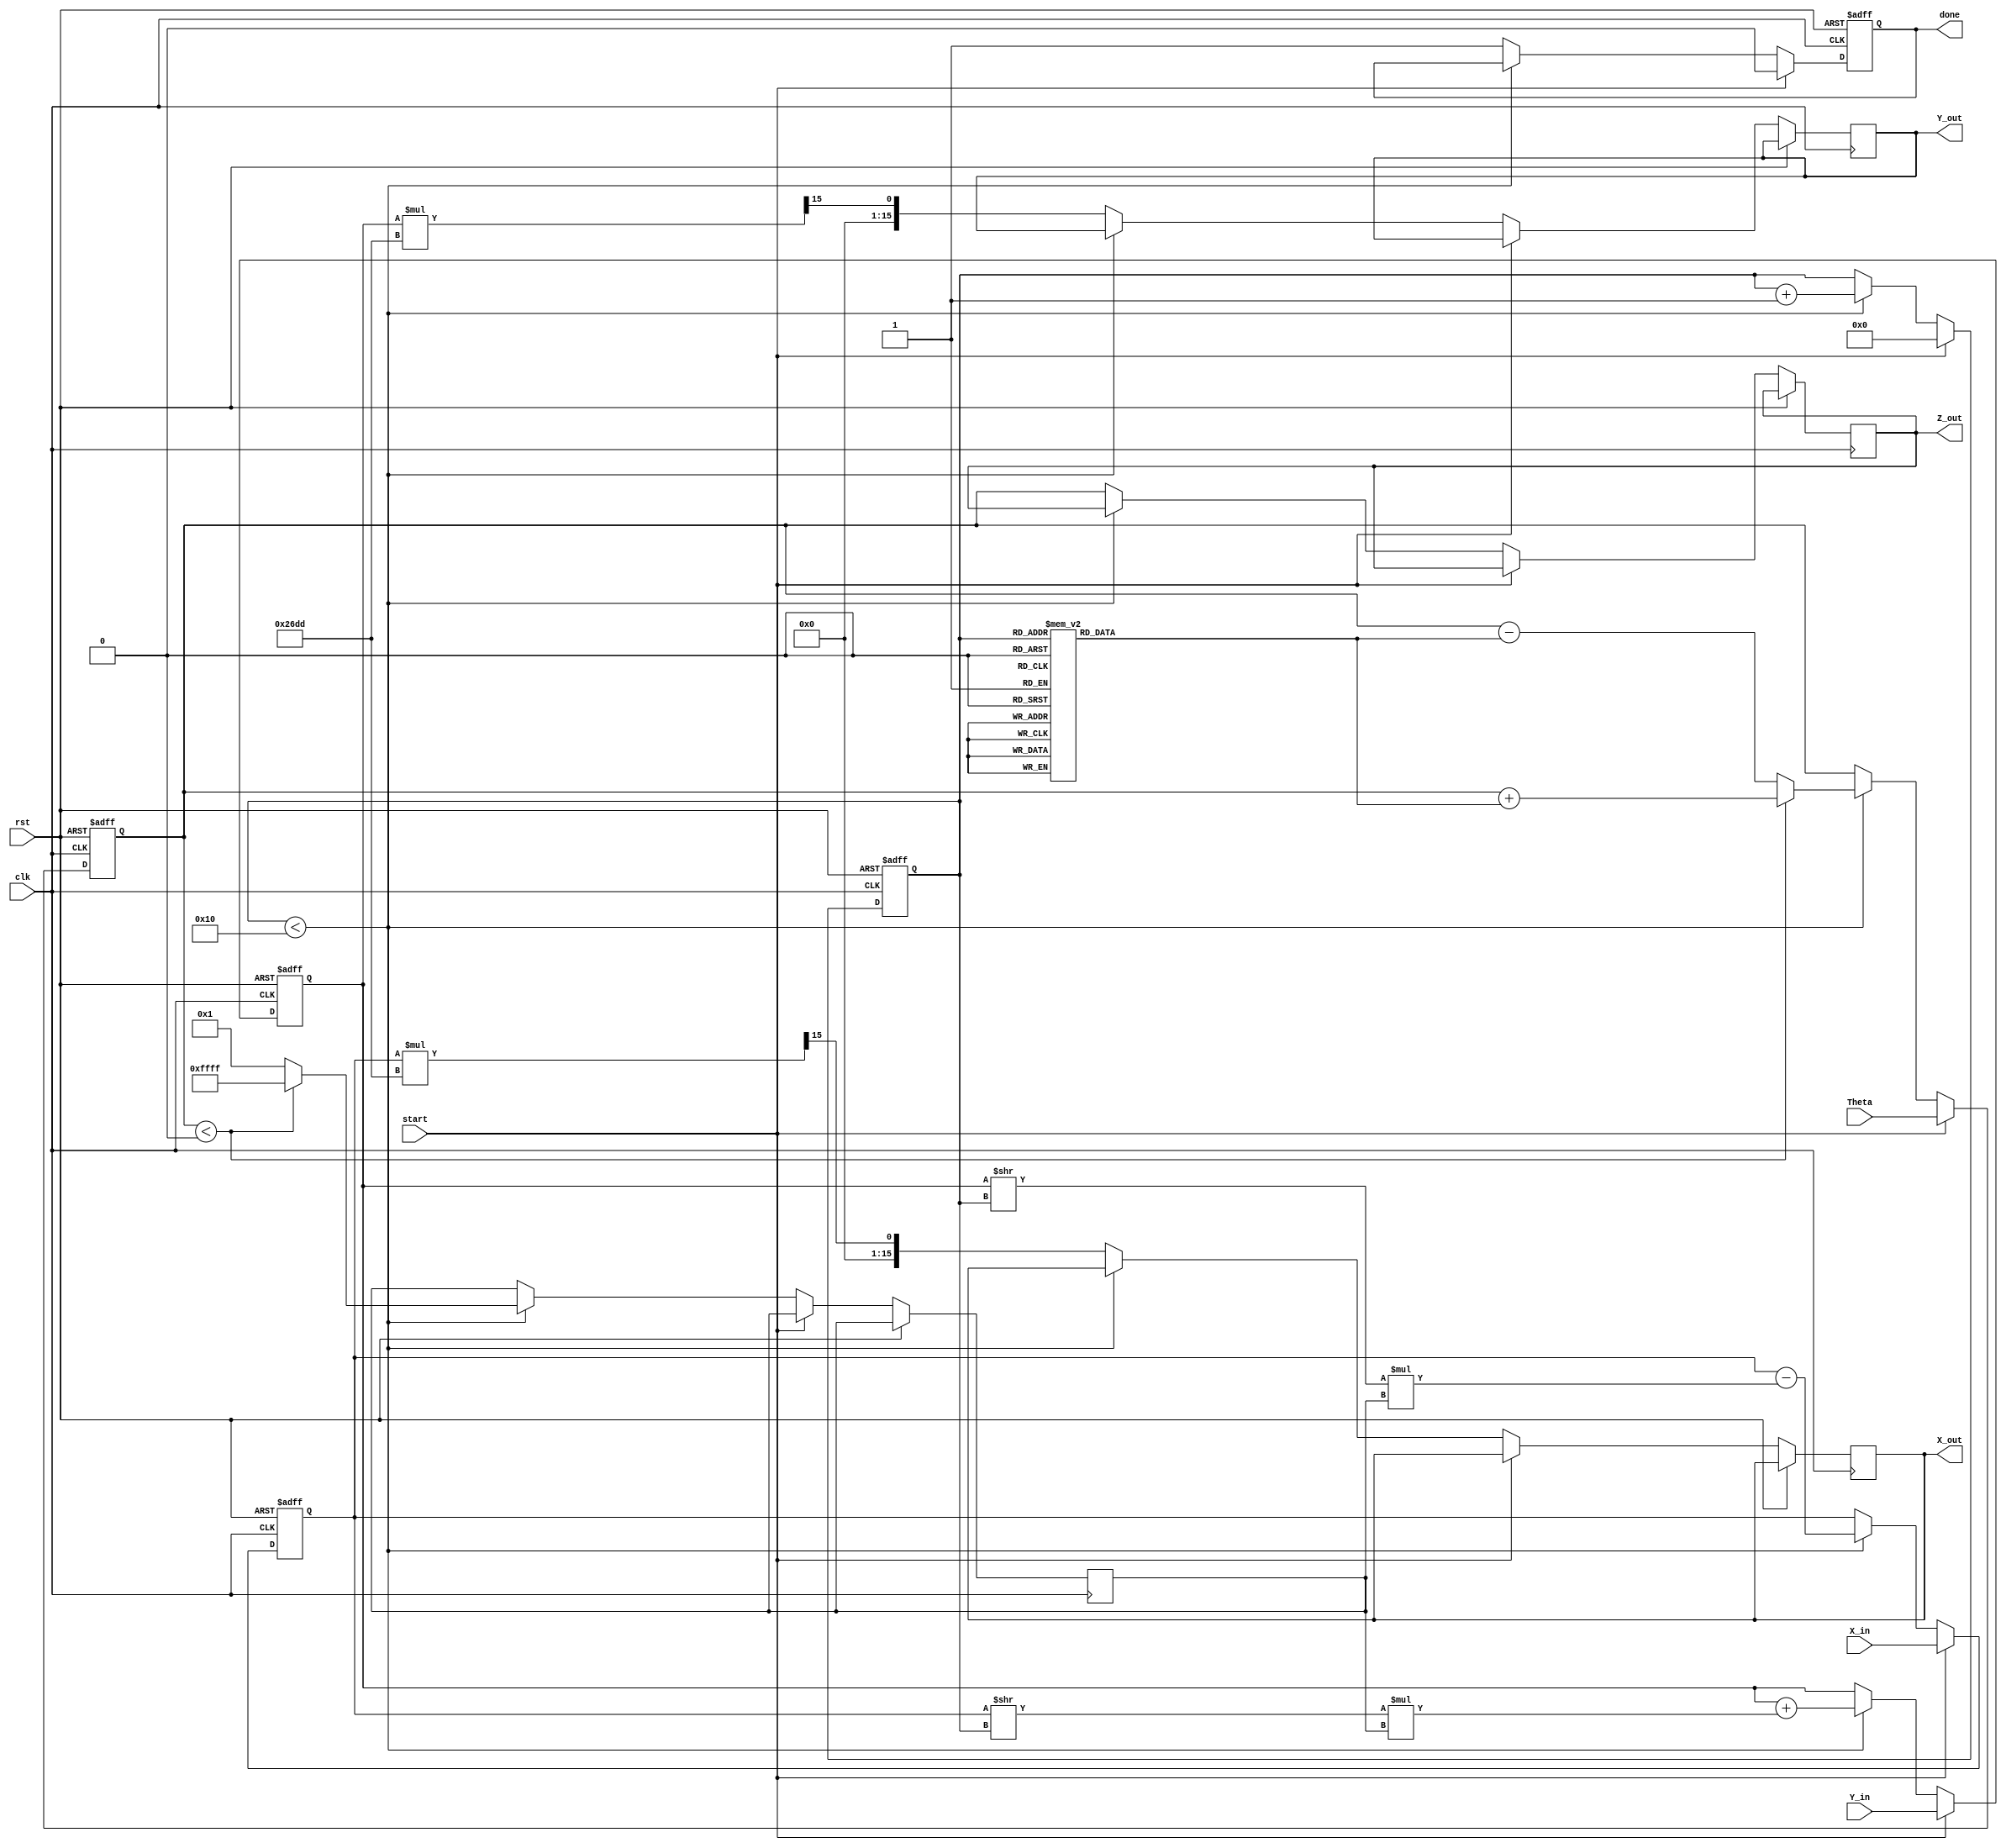
module cordic_2d (
    input wire clk,
    input wire rst,
    input wire start,
    input wire signed [15:0] X_in,      // Input x-coordinate
    input wire signed [15:0] Y_in,      // Input y-coordinate
    input wire signed [15:0] Theta,      // Input angle in radians
    output reg signed [15:0] X_out,      // Output x-coordinate
    output reg signed [15:0] Y_out,      // Output y-coordinate
    output reg signed [15:0] Z_out,      // Output angle after rotation
    output reg done                     // Operation done signal
);

    // Parameters
    parameter NUM_ITERATIONS = 16;
    parameter FIXED_POINT_FRACTIONAL_BITS = 15; // Adjust as needed
    parameter K = 16'h26DD; // Scaling factor for CORDIC (approx 0.607)

    // Internal registers
    reg signed [15:0] X_reg;
    reg signed [15:0] Y_reg;
    reg signed [15:0] Z_reg;
    reg [3:0] iteration; // Iteration counter
    reg [15:0] atan_table [0:NUM_ITERATIONS-1]; // Arctangent lookup table
    reg signed [15:0] d; // Direction

    // Initialize arctangent lookup table
    initial begin
        atan_table[0] = 16'h2000; // atan(2^0)
        atan_table[1] = 16'h1000; // atan(2^-1)
        atan_table[2] = 16'h0800; // atan(2^-2)
        atan_table[3] = 16'h0400; // atan(2^-3)
        atan_table[4] = 16'h0200; // atan(2^-4)
        atan_table[5] = 16'h0100; // atan(2^-5)
        atan_table[6] = 16'h0080; // atan(2^-6)
        atan_table[7] = 16'h0040; // atan(2^-7)
        atan_table[8] = 16'h0020; // atan(2^-8)
        atan_table[9] = 16'h0010; // atan(2^-9)
        atan_table[10] = 16'h0008; // atan(2^-10)
        atan_table[11] = 16'h0004; // atan(2^-11)
        atan_table[12] = 16'h0002; // atan(2^-12)
        atan_table[13] = 16'h0001; // atan(2^-13)
        atan_table[14] = 16'h0000; // atan(2^-14)
        atan_table[15] = 16'h0000; // atan(2^-15)
    end

    // State machine for CORDIC operation
    always @(posedge clk or posedge rst) begin
        if (rst) begin
            X_reg <= 0;
            Y_reg <= 0;
            Z_reg <= 0;
            iteration <= 0;
            done <= 0;
        end else if (start) begin
            // Initialize registers
            X_reg <= X_in;
            Y_reg <= Y_in;
            Z_reg <= Theta;
            iteration <= 0;
            done <= 0;
        end else if (iteration < NUM_ITERATIONS) begin
            // Determine direction
            if (Z_reg < 0) begin
                d <= -1;
                Z_reg <= Z_reg + atan_table[iteration];
            end else begin
                d <= 1;
                Z_reg <= Z_reg - atan_table[iteration];
            end

            // CORDIC rotation equations
            X_reg <= X_reg - (Y_reg >> iteration) * d;
            Y_reg <= Y_reg + (X_reg >> iteration) * d;

            // Increment iteration counter
            iteration <= iteration + 1;
        end else begin
            // Final output after iterations
            X_out <= (X_reg * K) >> FIXED_POINT_FRACTIONAL_BITS; // Scale output
            Y_out <= (Y_reg * K) >> FIXED_POINT_FRACTIONAL_BITS; // Scale output
            Z_out <= Z_reg; // Output angle
            done <= 1; // Indicate operation is done
        end
    end
endmodule